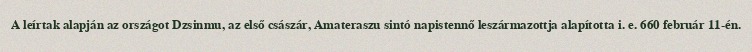
A leírtak alapján az országot Dzsinmu, az első császár, Amateraszu sintó napistennő leszármazottja alapította i. e. 660 február 11-én.